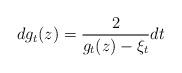
LaTeX: \begin{align*}dg_t(z) = \frac{2}{g_t(z) - \xi_t}dt\end{align*}